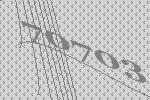
70703